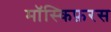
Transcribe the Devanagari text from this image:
मॉस्किफ़रस